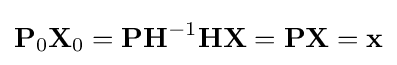
{\textbf {P}}_{0}{\textbf {X}}_{0}={\textbf {P}}{\textbf {H}}^{-1}{\textbf {H}}{\textbf {X}}={\textbf {P}}{\textbf {X}}=\mathbf {x}